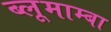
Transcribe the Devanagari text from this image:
ब्लूमाम्बा